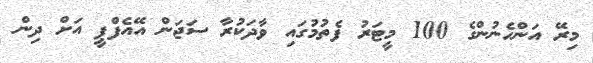
މިރޭ އަންހެނުންގެ 100 މީޓަރު ފެތުމުގައި ވާދަކުރާ ސަޖަން އޭއެފްޕީ އަށް ދިން